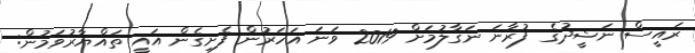
ރައީސް ނަޝީދުގެ ފުރާނަ ނަގާލުމަށް 2019 ވަނަ އަހަރުން ފެށިގެން އައީ ތައްޔާރުވަމުން: